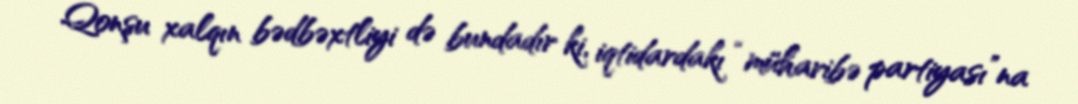
Qonşu xalqın bədbəxtliyi də bundadır ki, iqtidardakı “müharibə partiyası”na